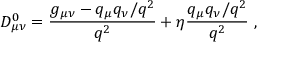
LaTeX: D _ { \mu \nu } ^ { 0 } = { \frac { g _ { \mu \nu } - q _ { \mu } q _ { \nu } / q ^ { 2 } } { q ^ { 2 } } } + \eta { \frac { q _ { \mu } q _ { \nu } / q ^ { 2 } } { q ^ { 2 } } } \ ,